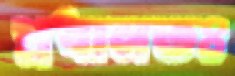
প্রধানতঃ